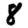
Digit: 8